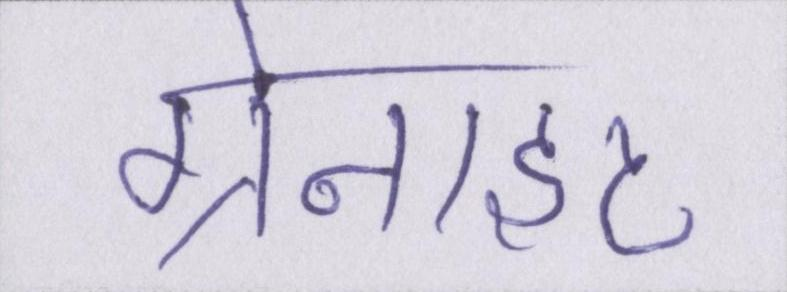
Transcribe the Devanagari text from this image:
ग्रेनाइट